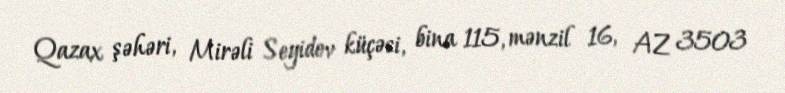
Qazax şəhəri, Mirəli Seyidov küçəsi, bina 115, mənzil 16, AZ 3503